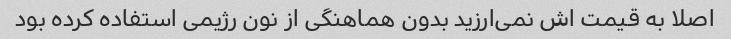
اصلا به قیمت اش نمی‌ارزید بدون هماهنگی از نون رژیمی استفاده کرده بود